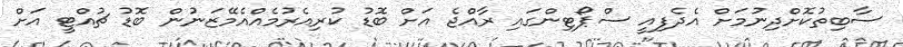
ސާބިތުކޮށްދިނުމަށް އެދެފިއީ ސްޕޯޓިންގައި ރާއްޖެ އަށް ބޮޑު ކުރިއެރުމެއްއެމޭޒަނުން ބޮޑު ޗުއްޓީ އަށް